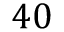
4 0